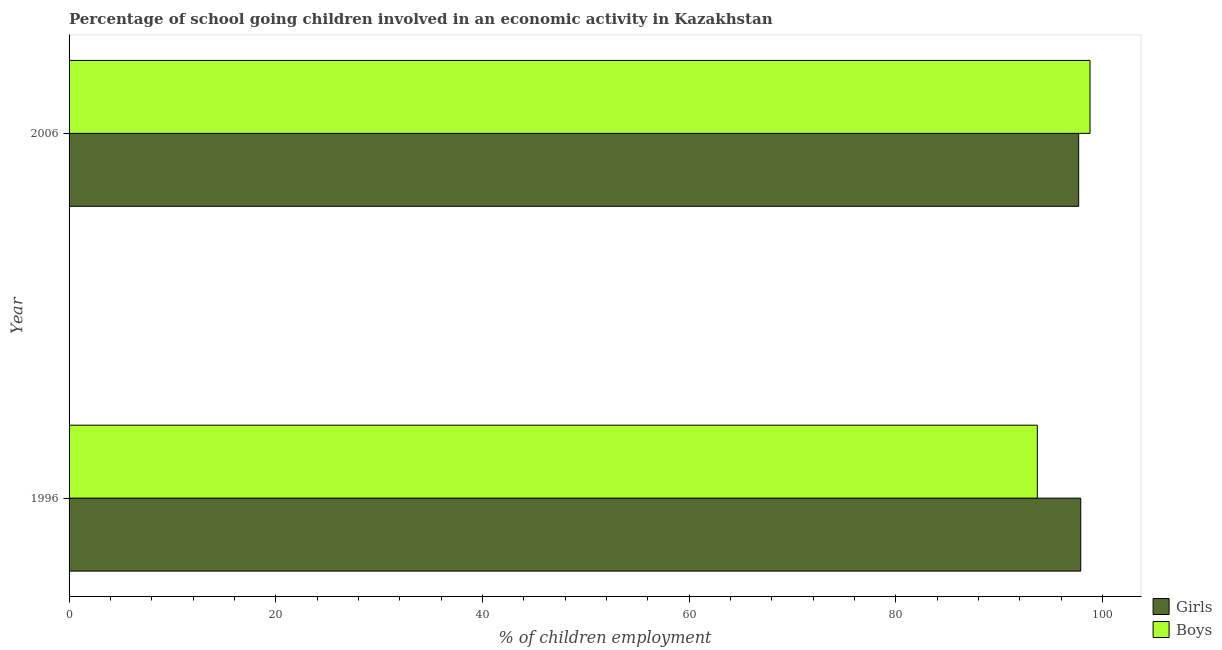
| Year | Girls | Boys |
 | --- | --- | --- |
 | 1996 | 97.9 | 93.7 |
 | 2006 | 97.7 | 98.8 |